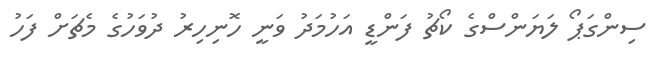
ސިންގަޕޯ ލަޔަންސްގެ ކޯޗު ފަންޑީ އަހުމަދު ވަނީ ހޮނިހިރު ދުވަހުގެ މެޗަށް ފަހު